Leaving Certificate Examination, 1919
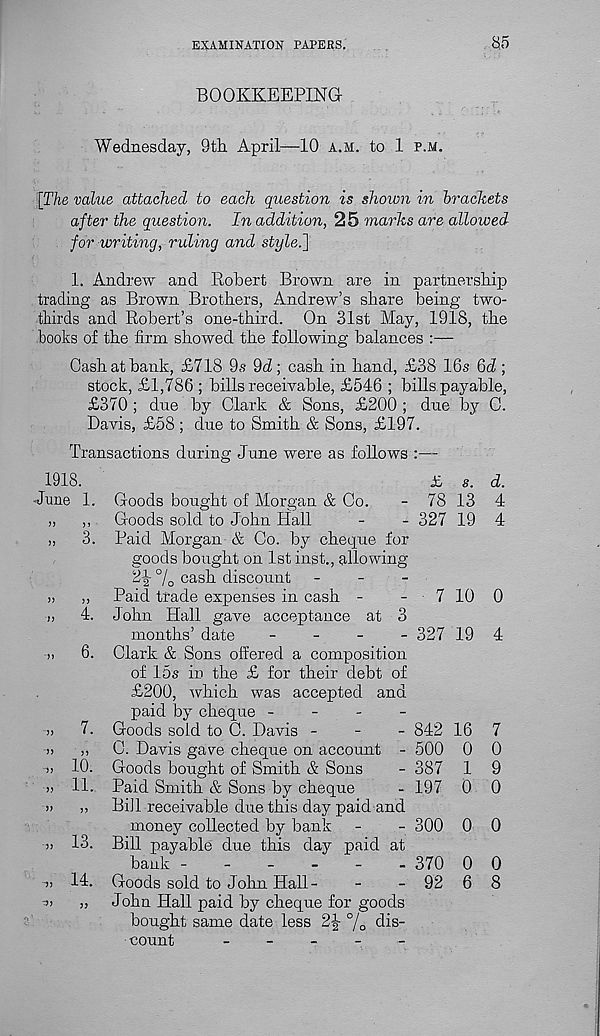
EXAMINATION PAPERS.
85
BOOKKEEPING
Wednesday, 9th April—10 a.m. to 1 p.m.
[The value attached to each question is shown in brackets
after the question. In addition, 25 marks are allowed
for writing, ruling and style.]
1. Andrew and Robert Brown are in partnership
trading as Brown Brothers, Andrew’s share being two-
thirds and Robert’s one-third. On 31st May, 1918, the
books of the firm showed the following balances :—
Gash at bank, £718 9s 9d; cash in hand, £38 16s 6(7 ;
stock, £1,786 ; bills receivable, £546 ; bills payable,
£370 ; due by Clark & Sons, £200 ; due by C.
Davis, £58 ; due to Smith & Sons, £197.
Transactions during June were as follows :—
1918.
35 g.
-Jane 1. Goods bought of Morgan & Co.
- 78 13
„
,,
Goods sold to John Hall
-
- 327 19
„
3. Paid Morgan & Co. by cheepue for
goods bought on 1st inst., allowing
2-|- 7 0 cash discount -
-
-
>,
,, Paid trade expenses in cash -
-
7 10
j,
4. John Hall gave acceptance at 3
months’ date
-
-
-
- 327 19
>i
6. Clark & Sons offered a composition
of 15s in the £ for their debt of
£200, which was accepted and
paid by cheque -
-
-
-
>,
7. Goods sold to C. Davis -
-
- 842 16
j)
,,
0. Davis gave cheque on account - 500 0
-» 10. Goods bought of Smith & Sons
- 387 1
» 11. Paid Smith & Sons by cheque
- 197 0
»
>, Bill receivable due this day paid and
money collected by bank -
- 300 0
■ » 13. Bill payable due this day paid at
bank -
370 0
14. Goods sold to John Hall-
-
- 92 6
->!
„ John Hall paid by cheque for goods
bought same date less 2^- 7o di 8-
count
-
-
-
-
-
d.
4
4
0
4
7
0
9
0
0
0
8